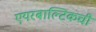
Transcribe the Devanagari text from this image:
एयरबाल्टिकची